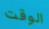
الوقت